Tezpur Lunatic Asylum reports 1877-1894 - 1877-1894
Year: 1877
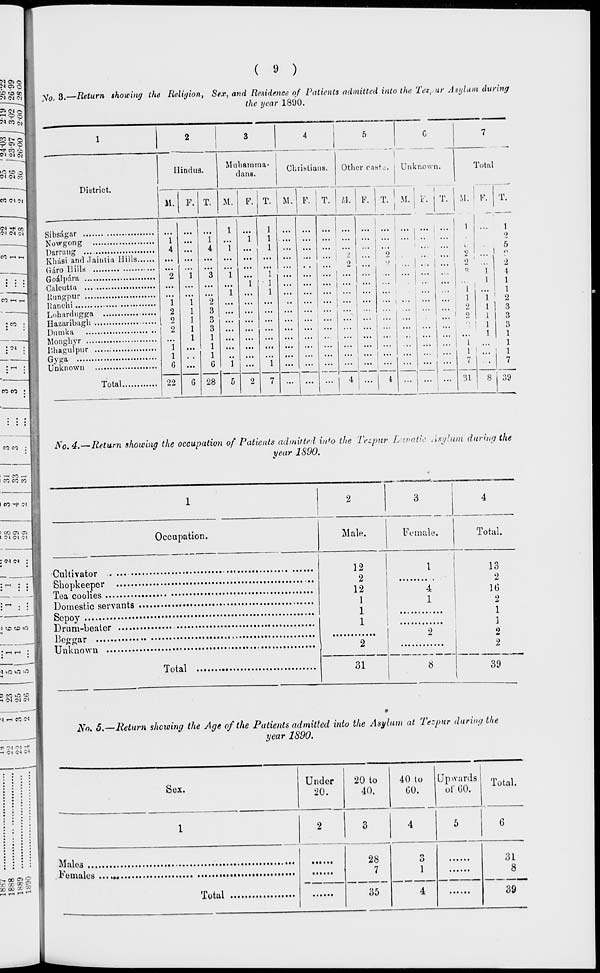
NO»S
SO to 00
M Ol 01
35 Zl o
"+ CO <i
C"< 'M Ol
>o to o
N c-t 5:
co (M oi
<M -f cr
<N <N 55
«H M
CO r-H
[CO
CO CO •
(
»
)
JVO. 8.—Return showing the Religion, Sex, and Residence of Patients admitted into the Tei, ur Asylum during
the year 18U0.
District.
Hindus.
11. F.
Muhamma-
dans.
Christians.
Other caste. Unknown.
Total
M.
F. T. M. F. T. U. F. T. M.
M.
Sibsagar
,
Nowgong
Darning
Kliasi and Joiulia Hills
Giro Hills
Godlpara
Calcutta ...
Hungpur
Ranchi
Lohardngga
Hazaribagh
Dnmka
Monghyr
Iihagulpur
Gyga
Unknown
Total
1
1
1
1
i ... i 1
4 ...
4
1 ...
1
... ... ... ... ... ...
... ... ... ... ... ...
2
1
3
1 ...
1
... ... ... ...
1
1
...
1 ...
1
1
1
2 ...
...
2
1
3
9
1
0
2
1
3
...
...
1
1
1
... ... ...
1 ...
... ... ...
1
1
6 ...
G
1 ...
1
22
6 28
5
2
7
2
2
1
1
2
9
1
1
7
31
1
i
1
1
1
T.
1
2
5
2
\
1
1
2
3
3
3
1
1
1
7
39
co co
No. 4.—Return showing the occupation of Patients admitted, into the Tezpur Lunatic Asylum during the
year 1S90.
co -t 01
> 00 Ci 3S
I :N <N 01
:<M <M :
1 to to >o
1 >o >C uO
9MlAtt
1 <M 0^1 <M
*•! H CO <N
* 01 rM -f
£ So a »
Occupation.
Cultivator . ...
<
Shopkeeper
Tea coolies
•
Domestic servants
1
Sepoy
Dram-beater
•••
Beggar
Unknown
Total
on.
Male.
Female.
Total.
12
2
12
1
1
1
1
4
1
13
2
16
2
1
]
2
2
2*"
2
8
31
39
No. 5.—Return shewing the Age of the Patients admitted into the Asylum at Tezpur during the
year 1890.
Sex.
Under
20.
20 to
40.
40 to
GO.
Upwards
of GO.
Total.
Males
Females
,
Total
28
7
35
o
1
31
8
39